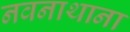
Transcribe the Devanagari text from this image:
नवनाथाना